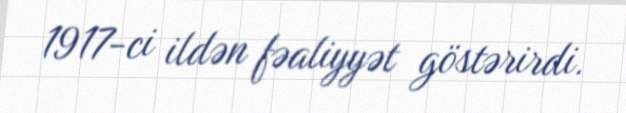
1917-ci ildən fəaliyyət göstərirdi.